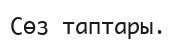
Сөз таптары.